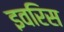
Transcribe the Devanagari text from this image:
इवरिस